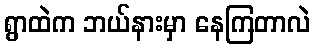
ရွာထဲက ဘယ်နားမှာ နေကြတာလဲ